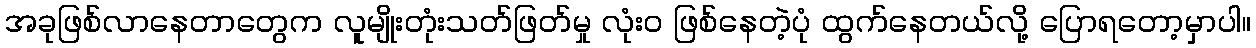
အခုဖြစ်လာနေတာတွေက လူမျိုးတုံးသတ်ဖြတ်မှု လုံးဝ ဖြစ်နေတဲ့ပုံ ထွက်နေတယ်လို့ ပြောရတော့မှာပါ။